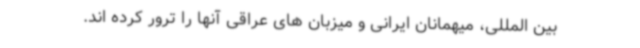
بین المللی، میهمانان ایرانی و میزبان های عراقی آنها را ترور کرده اند.